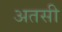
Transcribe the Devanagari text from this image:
अतसी